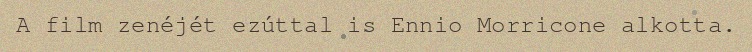
A film zenéjét ezúttal is Ennio Morricone alkotta.